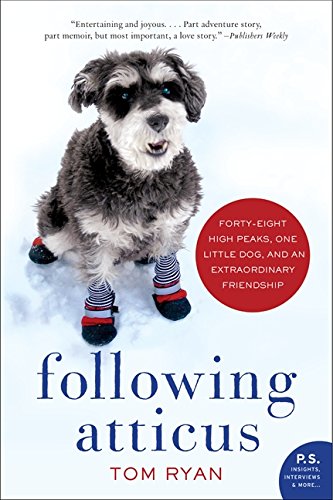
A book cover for Following Atticus: Forty-eight High Peaks, One Little Dog, and an Extraordinary Friendship; Tom Ryan; Biographies & Memoirs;